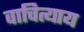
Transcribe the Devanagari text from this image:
वाचित्याय